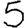
Digit: 5